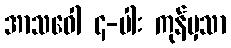
အာသဝေါ ၄-ပါး ကုန်မှသာ